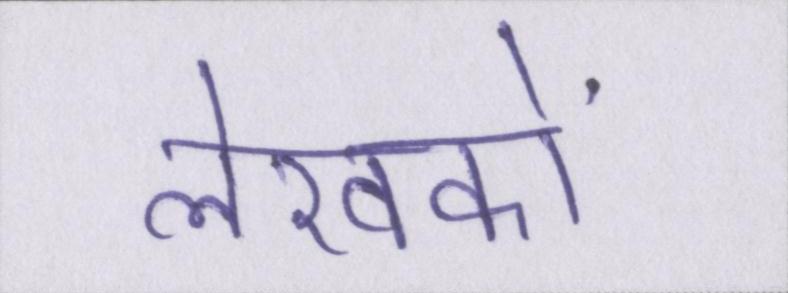
लेखकों